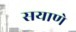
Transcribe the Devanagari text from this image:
सयाणे